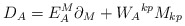
\begin{align*}D_{A}=E_{A}^{M}\partial_{M}+{W_{A}}^{kp}M_{kp}\end{align*}